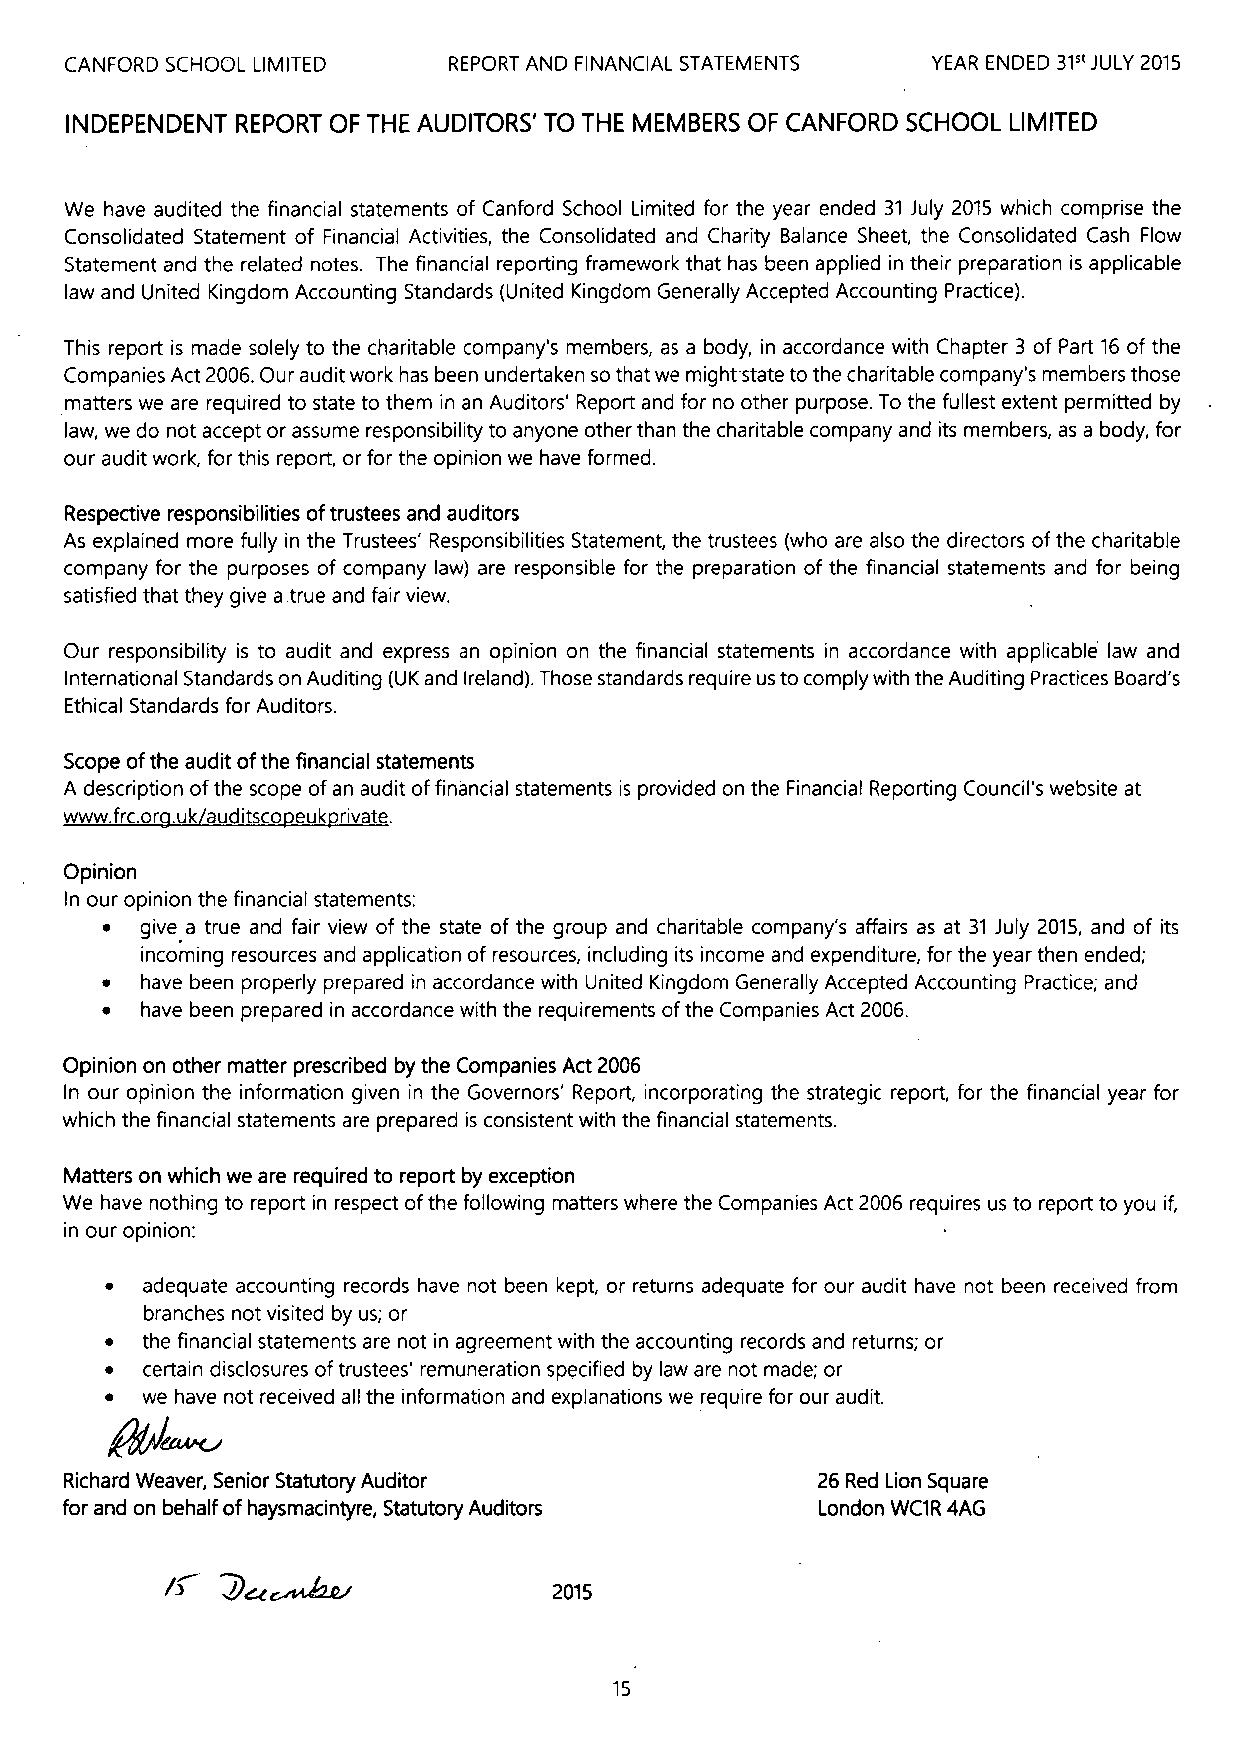
CANFORD SCHOOL LIMITED    REPORT AND FINANCIAL STATEMENTS YEAR ENDED 31" JULY 2015
 INDEPENDENT REPORT OF THE AUDITORS' TO THE MEMBERS OF CANFORD SCHOOL LIMITED
 We have audited the financial statements of Canford School Limited for the year ended 31 July 2015 which comprise the
 Consolidated Statement of Financial Activities, the Consolidated and Charity Balance Sheet, the Consolidated Cash Flow
 Statement and the related notes. The financial reporting framework that has been applied in their preparation is applicable
 law and United Kingdom Accounting Standards (United Kingdom Generally Accepted Accounting Practice).
 This report is made solely to the charitable company's members, as a body, in accordance with Chapter 3 of Part 16 of the
 Companies Act 2006.Our audit work has been undertaken so that we might. state to the charitable company's members those
 matters we are required to state to them in an Auditors' Report and for no other purpose. To the fullest extent permitted by
 law, we do not accept or assume responsibility to anyone other than the charitable company and its members, as a body, for
 our audit work, for this report, or for the opinion we have formed.
 Respective responsibilities oftrustees and auditors
 As explained more fully in the Trustees' Responsibilities Statement, the trustees (who are also the directors ofthe charitable
 company for the purposes of company law) are responsible for the preparation of the financial statements and for being
 satisfied that they give a.true and fair view.
 Our responsibility is to audit and express an opinion on the financial statements in accordance with applicable law and
 International Standards on Auditing (UK and Ireland). Those standards require us to comply with the Auditing Practices Board's
 Ethical Standards for Auditors.
 Scope ofthe audit ofthe financial statements
 A description ofthe scope ofan audit offinancial statements is provided on the Financial Reporting Council's website at
 www. frc.or .uk auditsco euk rivate.
 Opinion
 In our opinion the financial statements:
 ~ give a true and fair view of the state of the group and charitable company's affairs as at 31 July 2015, and of its
 incoming resources and application of resources, including its income and expenditure, for the year then ended;
 ~ have been properly prepared in accordance with United Kingdom Generally Accepted Accounting Practice; and
 ~ have been prepared in accordance with the requirements ofthe Companies Act 2006.
 Opinion on other matter prescribed by the Companies Act 2006
 In our opinion the information given in the Governors' Report, incorporating the strategic report, for the financial year for
 which the financial statements are prepared is consistent with the financial statements.
 Matters on which we are required to report by exception
 We have nothing to report in respect ofthe following matters where the Companies Act 2006 requires us to report to you if,
 in our opinion:
 ~ adequate accounting records have not been kept, or returns adequate for our audit have not been received from
 branches not visited by us; or
 ~ the financial statements are not in agreement with the accounting records and returns; or
 ~ certain disclosures oftrustees' remuneration specified by law are not made; or
 ~ we have not received all the information and explanations we require for our audit.
 Richard Weaver, Senior Statutory Auditor          26 Red Lion Square
 for and on behalf ofhaysmacintyre, Statutory Auditors l.ondon WC1R 4AG
 2015